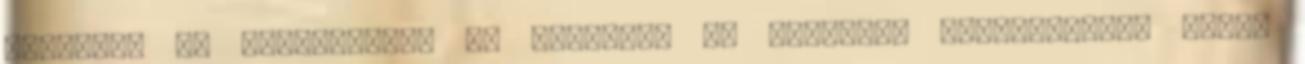
eltérőek az igényeitek. De rendben, az íjásszal kapcsolatban ismét